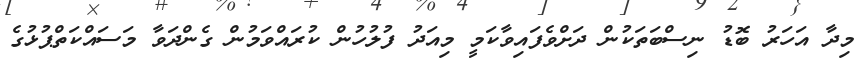
މިދާ އަހަރު ބޮޑު ނިސްބަތަކުން ދަށްވެފައިވާކަމީ މިއަދު ފުލުހުން ކުރައްވަމުން ގެންދަވާ މަސައްކަތްޕުޅުގެ